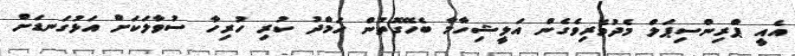
އެއީ ޕްރިންސިޕަލް މެދުވެރިވެގެން އަލީޝިހާމާ ބެހޭގޮތުން ހަމްދު ކުރި ހުރިހާ ސުވާލަކަށް އަޅުގަނޑަށް